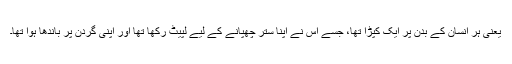
یعنی ہر انسان کے بدن پر ایک کپڑا تھا، جسے اس نے اپنا ستر چھپانے کے لیے لپیٹ رکھا تھا اور اپنی گردن پر باندھا ہوا تھا۔